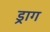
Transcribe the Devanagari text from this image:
ड्राग